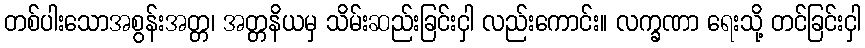
တစ်ပါးသောအစွန်းအတ္တ၊ အတ္တနိယမှ သိမ်းဆည်းခြင်းငှါ လည်းကောင်း။ လက္ခဏာ ရေးသို့ တင်ခြင်းငှါ